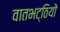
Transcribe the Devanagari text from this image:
वातभट्ठियों